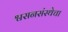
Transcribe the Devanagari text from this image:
श्वसनसंस्थेचा